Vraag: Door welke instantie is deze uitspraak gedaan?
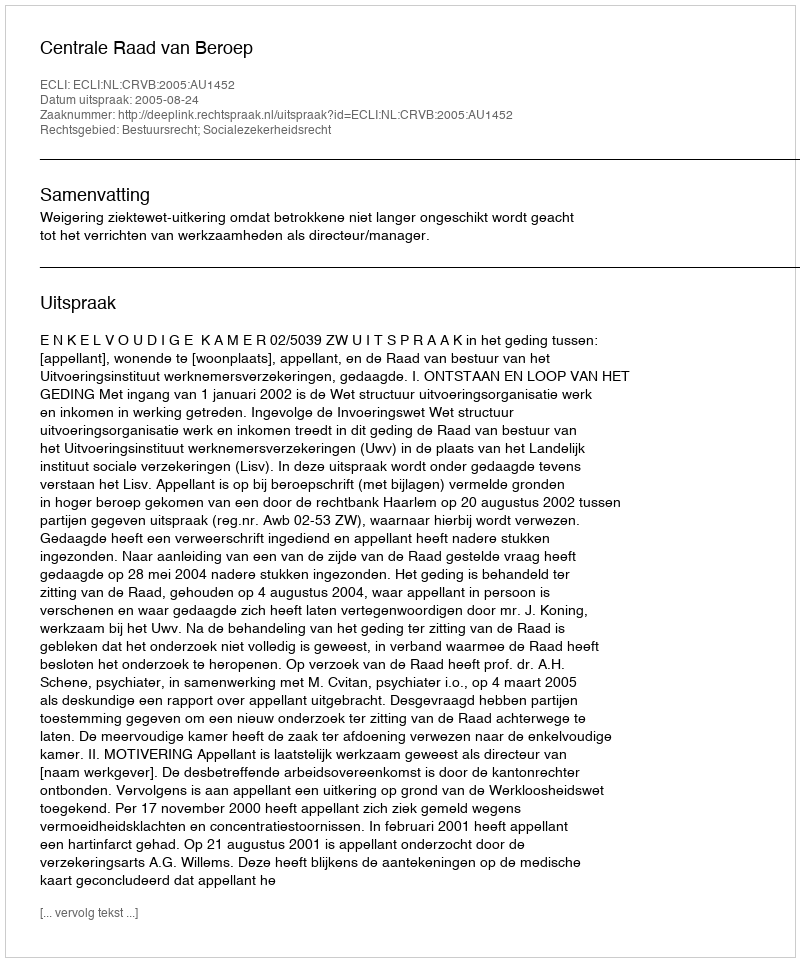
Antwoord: Centrale Raad van Beroep